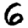
Digit: 6